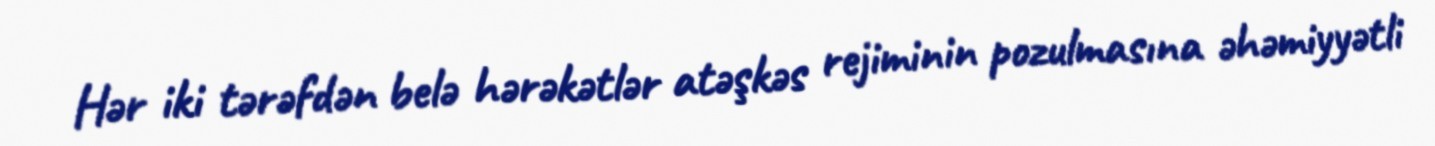
Hər iki tərəfdən belə hərəkətlər atəşkəs rejiminin pozulmasına əhəmiyyətli